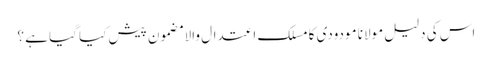
اس کی دلیل مولانا مودودی کا مسلک اعتدال والا مضمون پیش کیا گیا ہے ؟